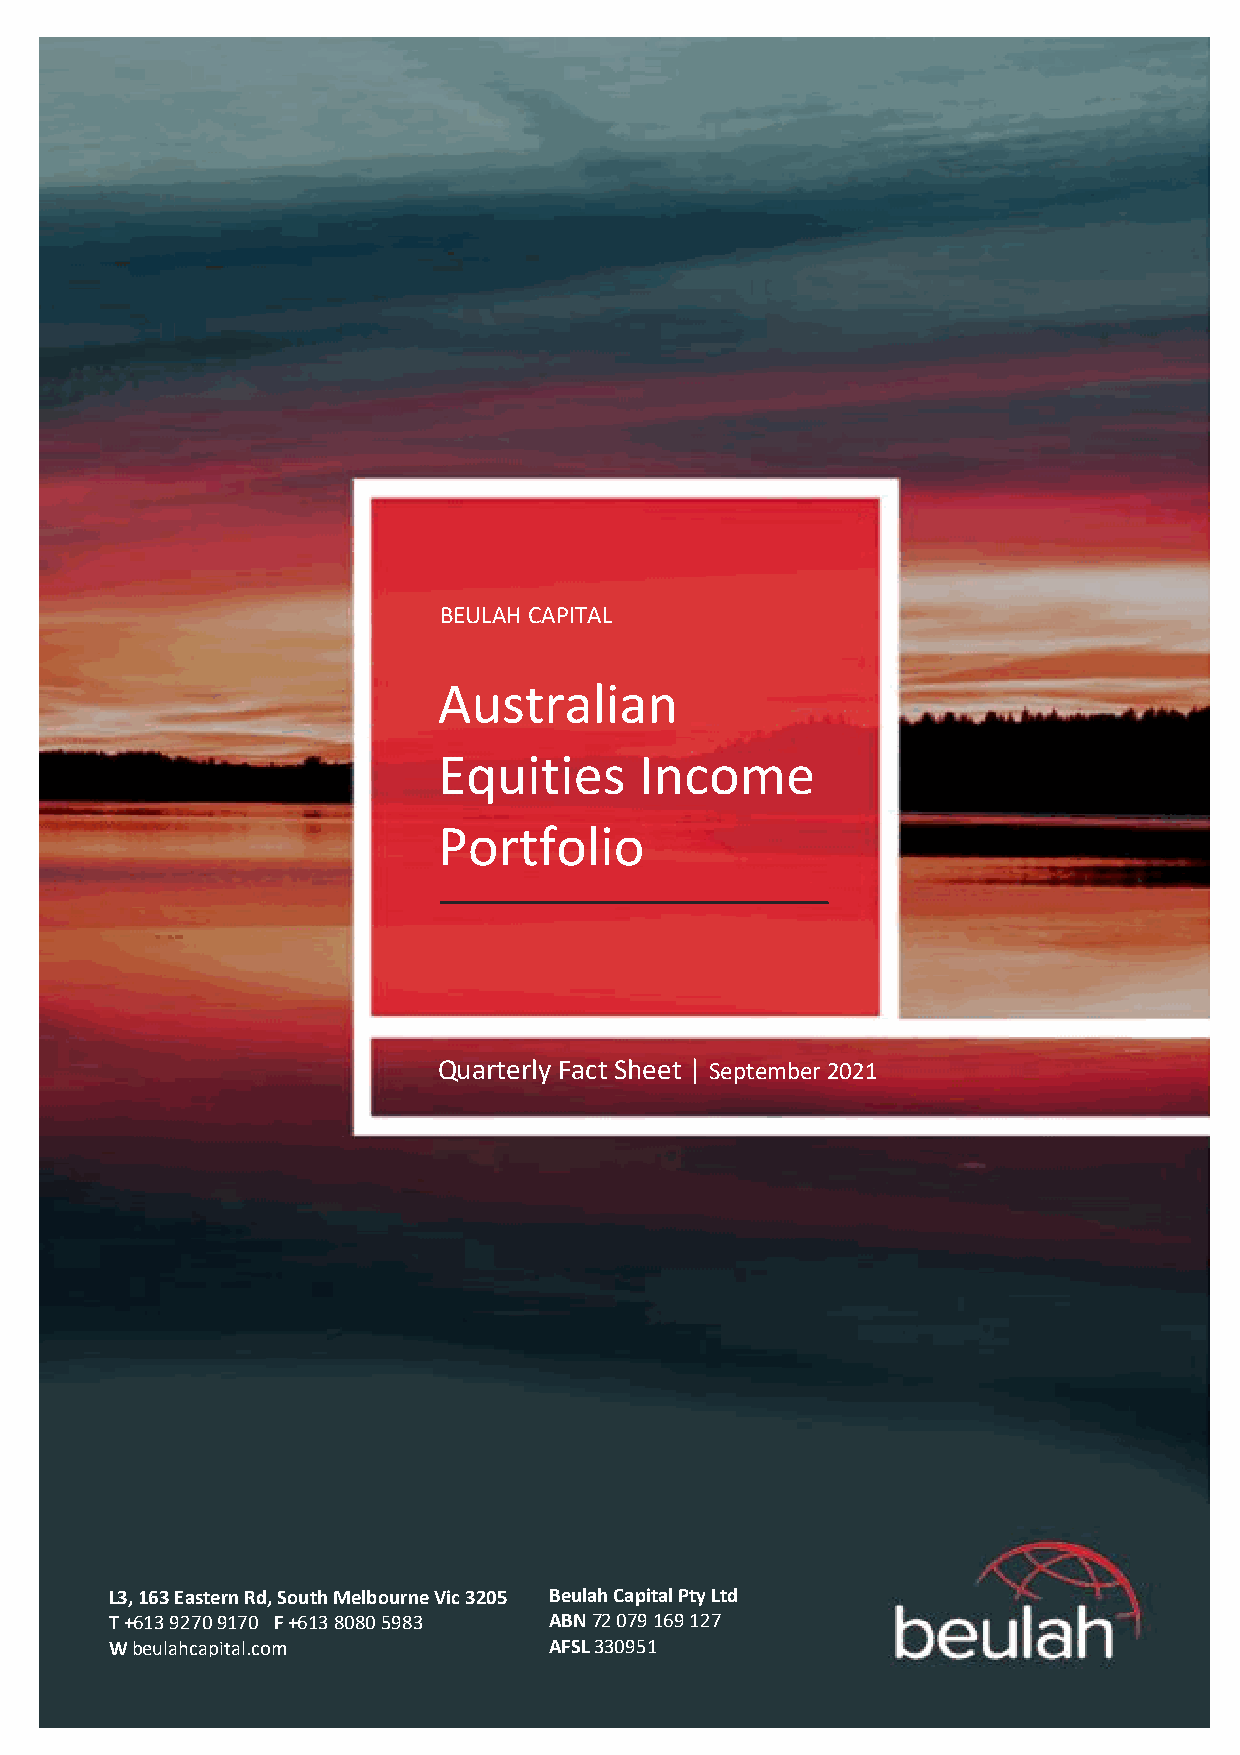
BEULAH CAPITAL
 Australian
 Equities     Income
 Portfolio
 Quarterly Fact Sheet | September 2021
 L3, 163 Eastern Rd, South Melbourne Vic 3205 Beulah Capital Pty Ltd
 T +613 9270 9170 F +613 8080 5983 ABN 72 079 169 127
 W beulahcapital.com          AFSL 330951
 beulahcapital.com |1